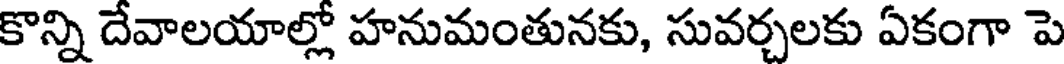
కొన్ని దేవాలయాల్లో హనుమంతునకు, సువర్చలకు ఏకంగా పె